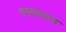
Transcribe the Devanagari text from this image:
एस्सलाम